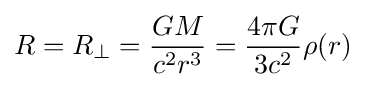
R=R_{\perp }={GM \over {c^{2}r^{3}}}={4\pi G \over {3c^{2}}}\rho (r)